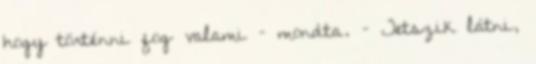
hogy történni fog valami – mondta. – Tetszik látni,